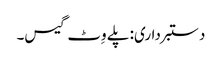
دستبرداری: پلے وِٹ گیس۔